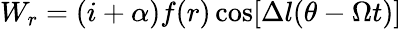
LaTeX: W_{r}=(i+\alpha)f(r)\cos[\Delta l(\theta-\Omega t)]